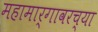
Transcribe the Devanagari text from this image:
महामार्गावरच्या